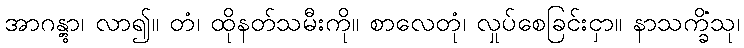
အာဂန္တွာ၊ လာ၍။ တံ၊ ထိုနတ်သမီးကို။ စာလေတုံ၊ လှုပ်စေခြင်းငှာ။ နာသက္ခိံသု၊